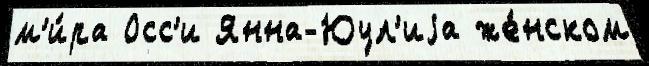
м'и́ра Осс'и Янна-Юул'иjа же́нском